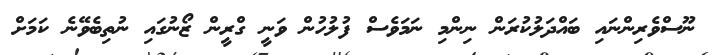
ނޫސްވެރިންނައި ބައްދަލުކުރަން ނިންމި ނަމަވެސް ފުލުހުން ވަނީ ގްރީން ޒޯނުގައި ނުތިބެވޭނެ ކަމަށް